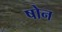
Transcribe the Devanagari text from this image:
षोन